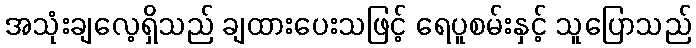
အသုံးချလေ့ရှိသည် ချထားပေးသဖြင့် ရေပူစမ်းနှင့် သူပြောသည်